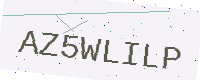
Text: AZ5WLILP